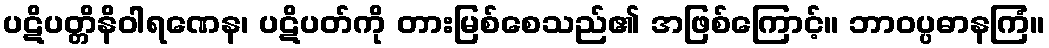
ပဋိပတ္တိနိဝါရဏေန၊ ပဋိပတ်ကို တားမြစ်စေသည်၏ အဖြစ်ကြောင့်။ ဘာဝပ္ပဓာနကြံ။